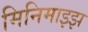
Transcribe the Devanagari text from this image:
मिनिमाइझ